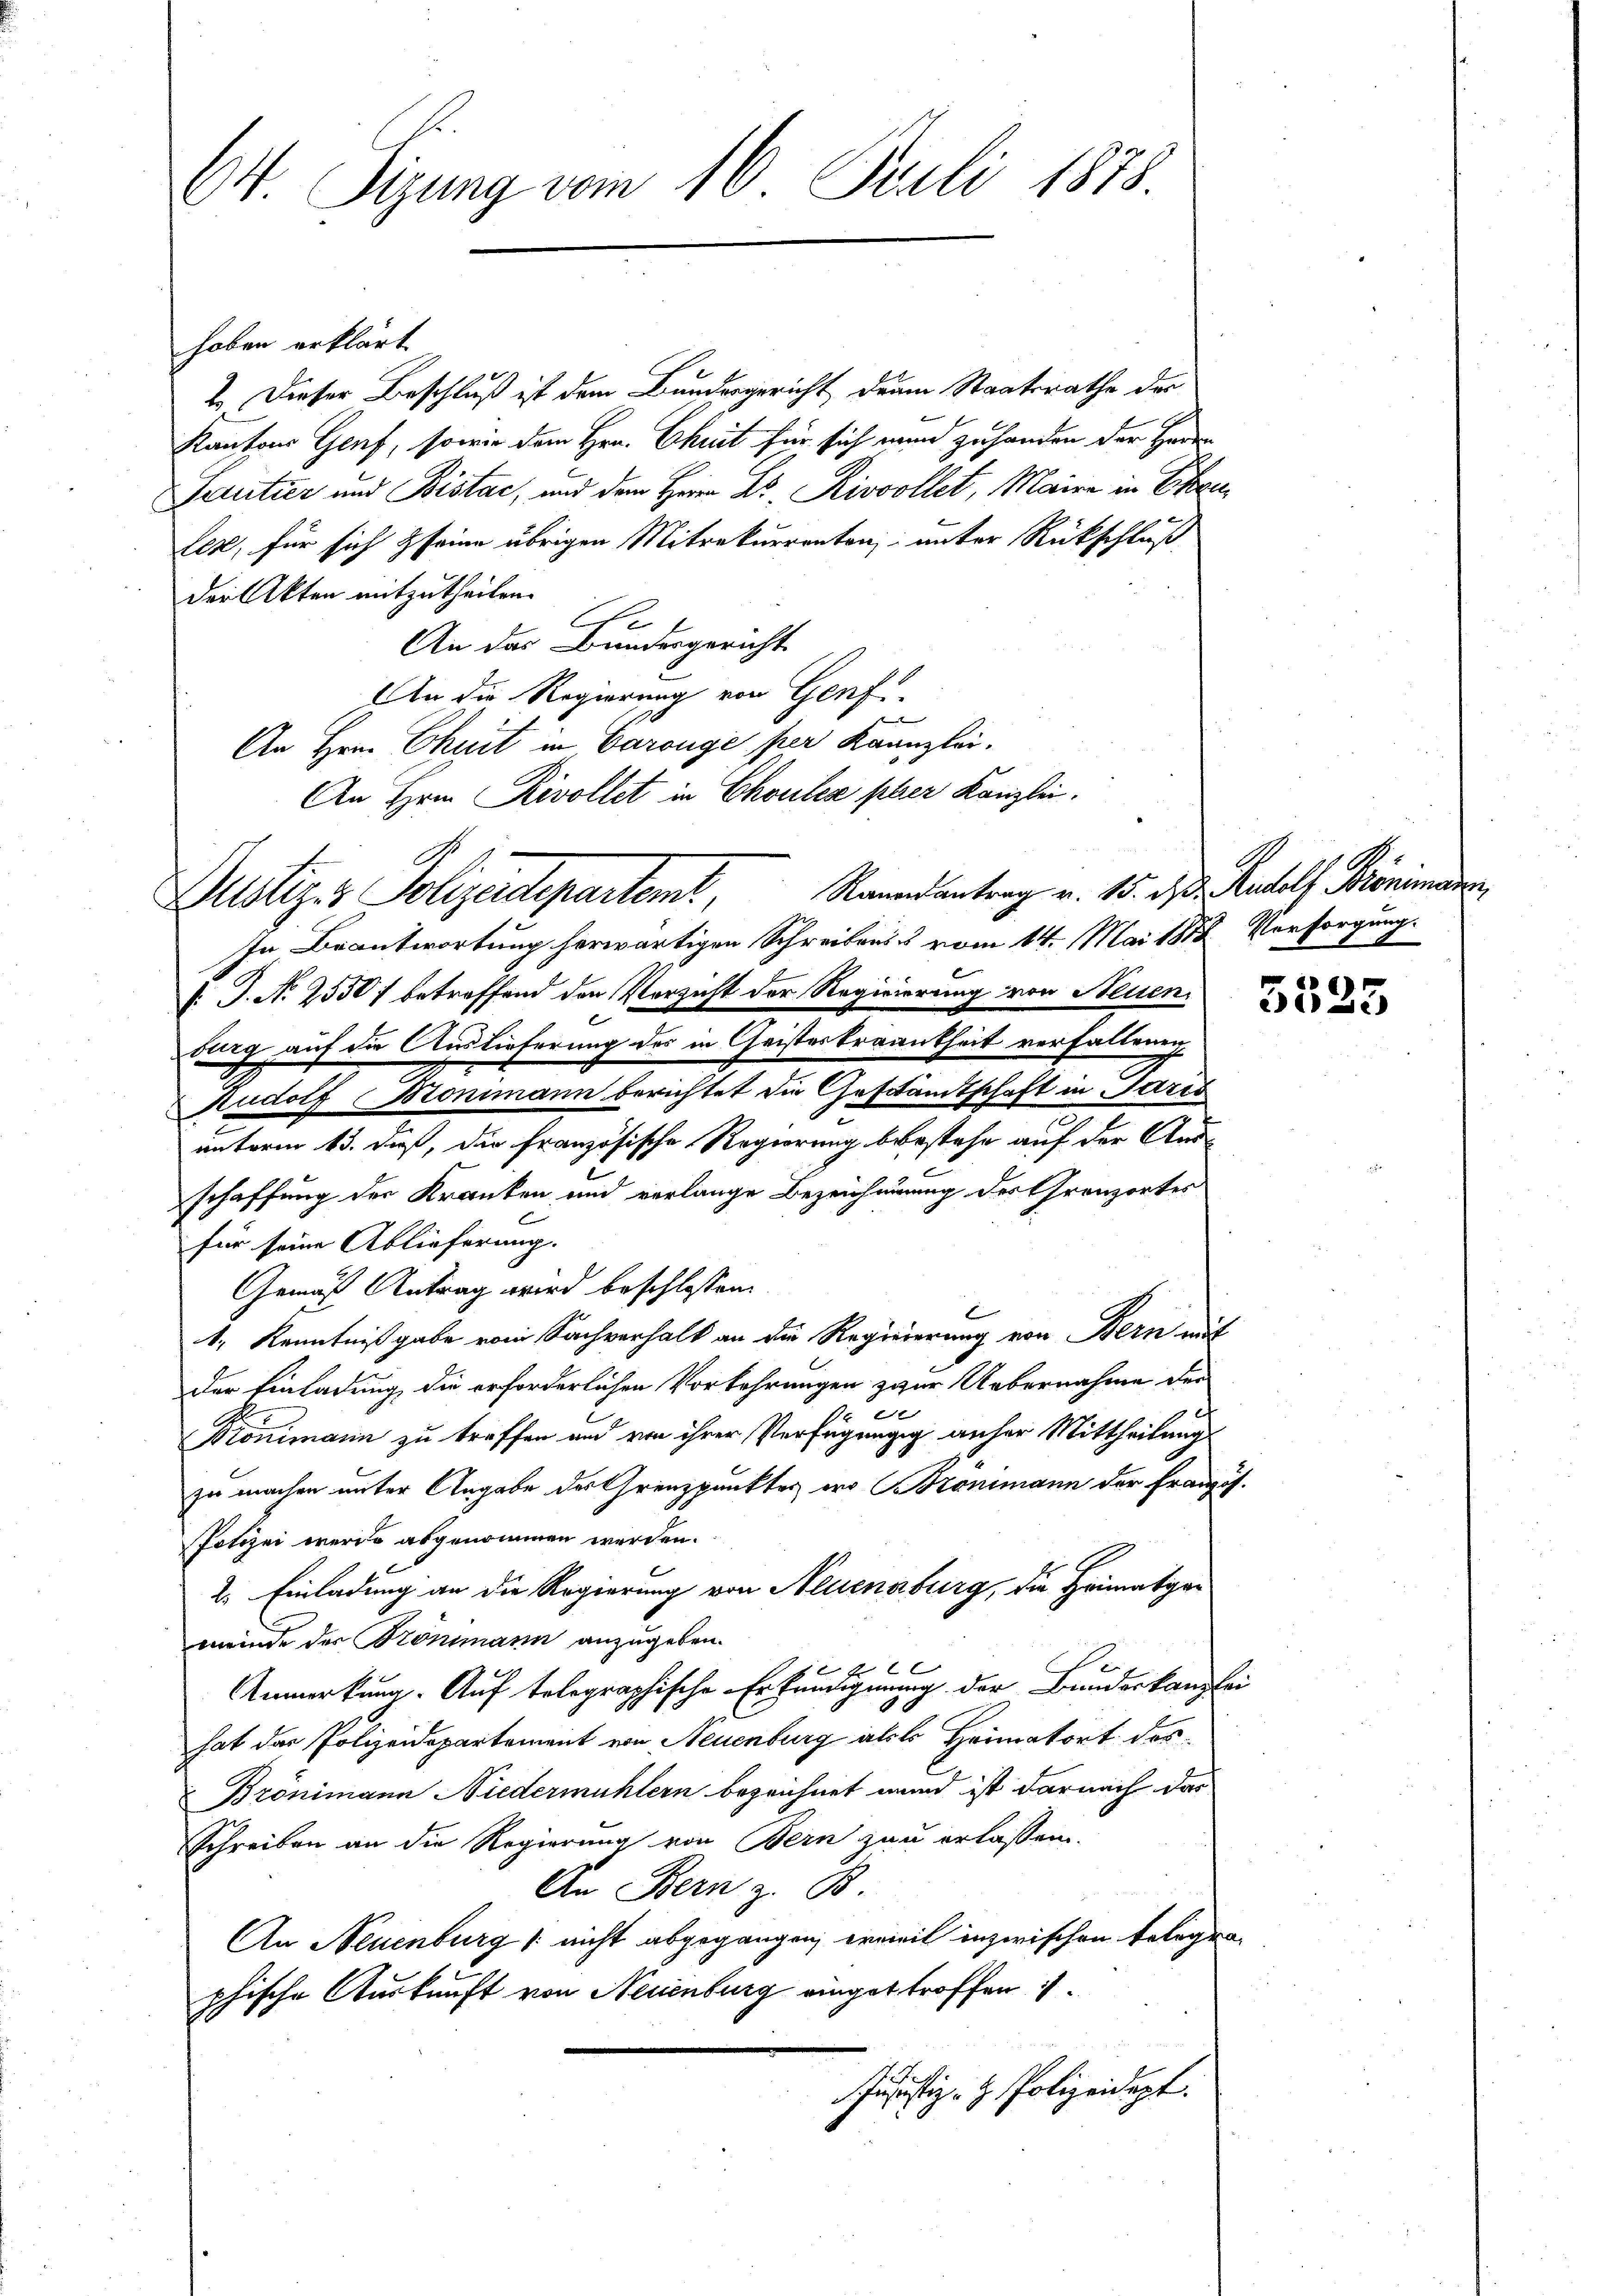
64. Sizung vom 16. Juli 1878.

Zustiz & Polizeidepartent,

hoben erklärt
2. Dieser Beschluß ist dem Bundesgericht drain Staatsrathe der
Kantons Genf, sowie dem Hrn. Christ für sich nun zuhanden der Herrn
Doutier und Bistac, und dem Herr Hs. Rivollet, Maire in Ehren
Lez, für sich seine übrigen Mitrekurrenten unter Rückschluß
der Akten mitzutheilen.
.
An das Bundesgericht
An die Regierung von Genf
An Hrn. Chuit in Carouge per Kaanzlei.
An Hrn. Rivollet in Choulez pber Kanzlei.
Rauondantrag v. 15. ds. Rudolf Brönimann,
In Beantwortung herwärtigen Schreibens & vom 14. Mai 1812. Versorgung.
V. P. N. 2550 f betreffend den Verzicht der Regierung von Neuen
burg auf die Auslieferung des in Geisteskrankheit verfallenen
Rudolf Monimann berichtet die Geschändtschaft in Paris
unterm 13. daß, die Französische Regierung bestehe auf der Ausschaffung der Kranken und verlange Bezeichnung des Granzortes
C
für seine Ablieferung.
Gemäß Antrag wird beschlossen:
E
1, Kenntniß gabe vom Sachverhalt an die Regiererung von Bern mit
der Einladung die erforderlichen Vorkehrungen zwar Uebernahme der
e
A
Pronimann zu treffen und von ihrer Verfügungg anher Mittheilung
zu machen unter Angabe des Grenzpunktes wo Brönimann der Franz-
Potizei werde abgenommen werden.
2. Einladung an die Regierung von Neuenburg, die Heimatgar
meinde der Bronimann anzugeben.

Anmerkung. Auf telegraphische Erfündignung der Bundeskanzl
hat das Polizeidepartement von Neuenburg als Heimatort des
Brönimann Niedermühlern bezeichnet wurd ist darnach das
Schreiben an die Regierung von Bern zu erlassen.
An Bern z. B.
An Neuenburg (nicht abgegangen, erweil inzwischen Belege
phische Auskunft von Neuenburg eingetroffen is
Jusustiz- & Polizeidept.

2.

u
a.

26)
21) Si